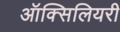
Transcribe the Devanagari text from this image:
ऑक्सिलियरी